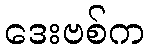
ဒေးဗစ်က